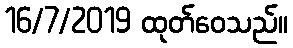
16/7/2019 ထုတ်ဝေသည်။